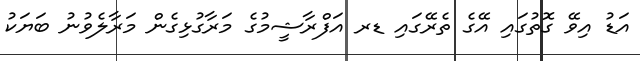
އަޑު އިވޭ ގޮތުގައި އޭގެ ތެރޭގައި ޑރ އަފްރާޝީމުގެ މަރާގުޅިގެން މަރާލެވުނު ބަޔަކު